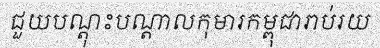
ជួយបណ្តុះបណ្តាលកុមារកម្ពុជារាប់រយ